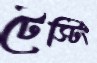
টেস্টিং